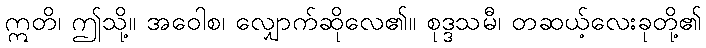
ဣတိ၊ ဤသို့။ အဝေါစ၊ လျှောက်ဆိုလေ၏။ စုဒ္ဒသမီ၊ တဆယ့်လေးခုတို့၏